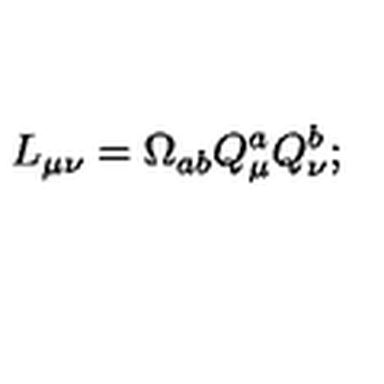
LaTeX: L _ { \mu \nu } = \Omega _ { a b } Q _ { \mu } ^ { a } Q _ { \nu } ^ { b } ;